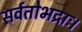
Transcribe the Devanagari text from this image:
सर्वतोभद्राः।